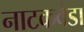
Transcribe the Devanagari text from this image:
नाटकवेडा